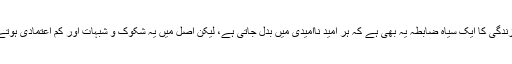
مقامی میڈیا کا کہنا ہے کہ پھر ذہن میں یہ سوچ بھی آتی ہے کہ زندگی کا ایک سیاہ ضابطہ یہ بھی ہے کہ ہر امید ناامیدی میں بدل جاتی ہے، لیکن اصل میں یہ شکوک و شبہات اور کم اعتمادی ہوتے ہیں، جو انسانی امیدوں کے راستے کی رکاوٹیں ثابت ہوتے ہیں۔